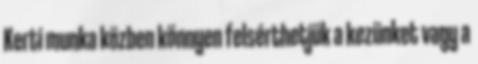
Kerti munka közben könnyen felsérthetjük a kezünket vagy a